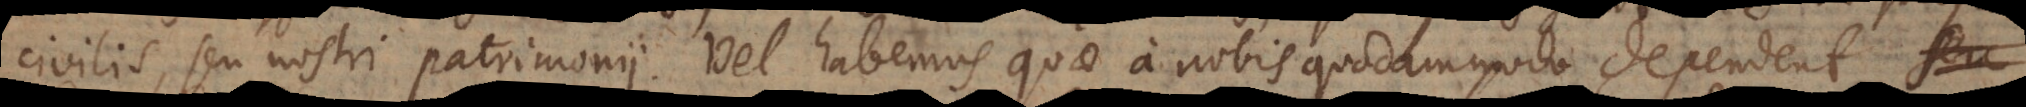
civilis, seu nostri patrimonii. Vel habemus quae a nobis quodammodo dependent